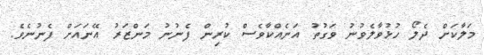
މަލާކަށް ދެލޯ ހުޅުވާލެވުނު ވަގުތު އަނެއްކާވެސް ކުރިން ފެނުނު މަންޒަރު އޭނައަށް ފެނުނެވެ.